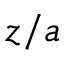
z / a